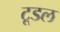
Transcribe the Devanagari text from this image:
टूडल